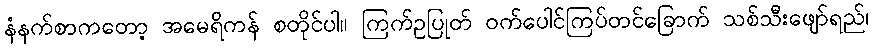
နံနက်စာကတော့ အမေရိကန် စတိုင်ပါ။ ကြက်ဥပြုတ် ဝက်ပေါင်ကြပ်တင်ခြောက် သစ်သီးဖျော်ရည်၊